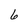
Character: 6